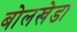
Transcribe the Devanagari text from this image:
बोलखेडा